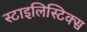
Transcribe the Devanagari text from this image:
स्टाइलिस्टिक्स